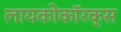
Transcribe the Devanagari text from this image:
लायकोकॉरक्स